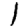
Digit: 1